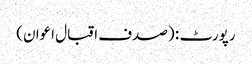
رپورٹ : (صدف اقبال اعوان)